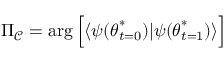
\Pi _ { \mathcal { C } } = \arg \Big [ \ensuremath { \langle { \psi ( { \boldsymbol { \theta } } _ { t = 0 } ^ { * } ) } \rvert { \psi ( { \boldsymbol { \theta } } _ { t = 1 } ^ { * } ) } \rangle } \Big ]